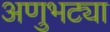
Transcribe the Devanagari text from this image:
अणुभट्या